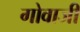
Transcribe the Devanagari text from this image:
गोवाजी